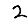
Digit: 2